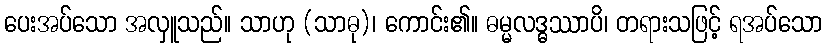
ပေးအပ်သော အလှူသည်။ သာဟု (သာဓု)၊ ကောင်း၏။ ဓမ္မလဒ္ဓဿာပိ၊ တရားသဖြင့် ရအပ်သော